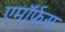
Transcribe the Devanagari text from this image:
एमॉर्फस